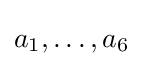
a_{1},\dots ,a_{6}